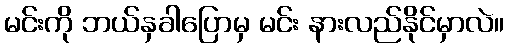
မင်းကို ဘယ်နှခါပြောမှ မင်း နားလည်နိုင်မှာလဲ။